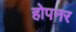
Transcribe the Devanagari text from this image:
होपनर